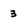
Character: 3